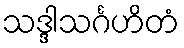
သဒ္ဒါသင်္ဂဟိတံ